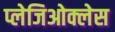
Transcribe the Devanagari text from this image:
प्लेजिओक्लेस